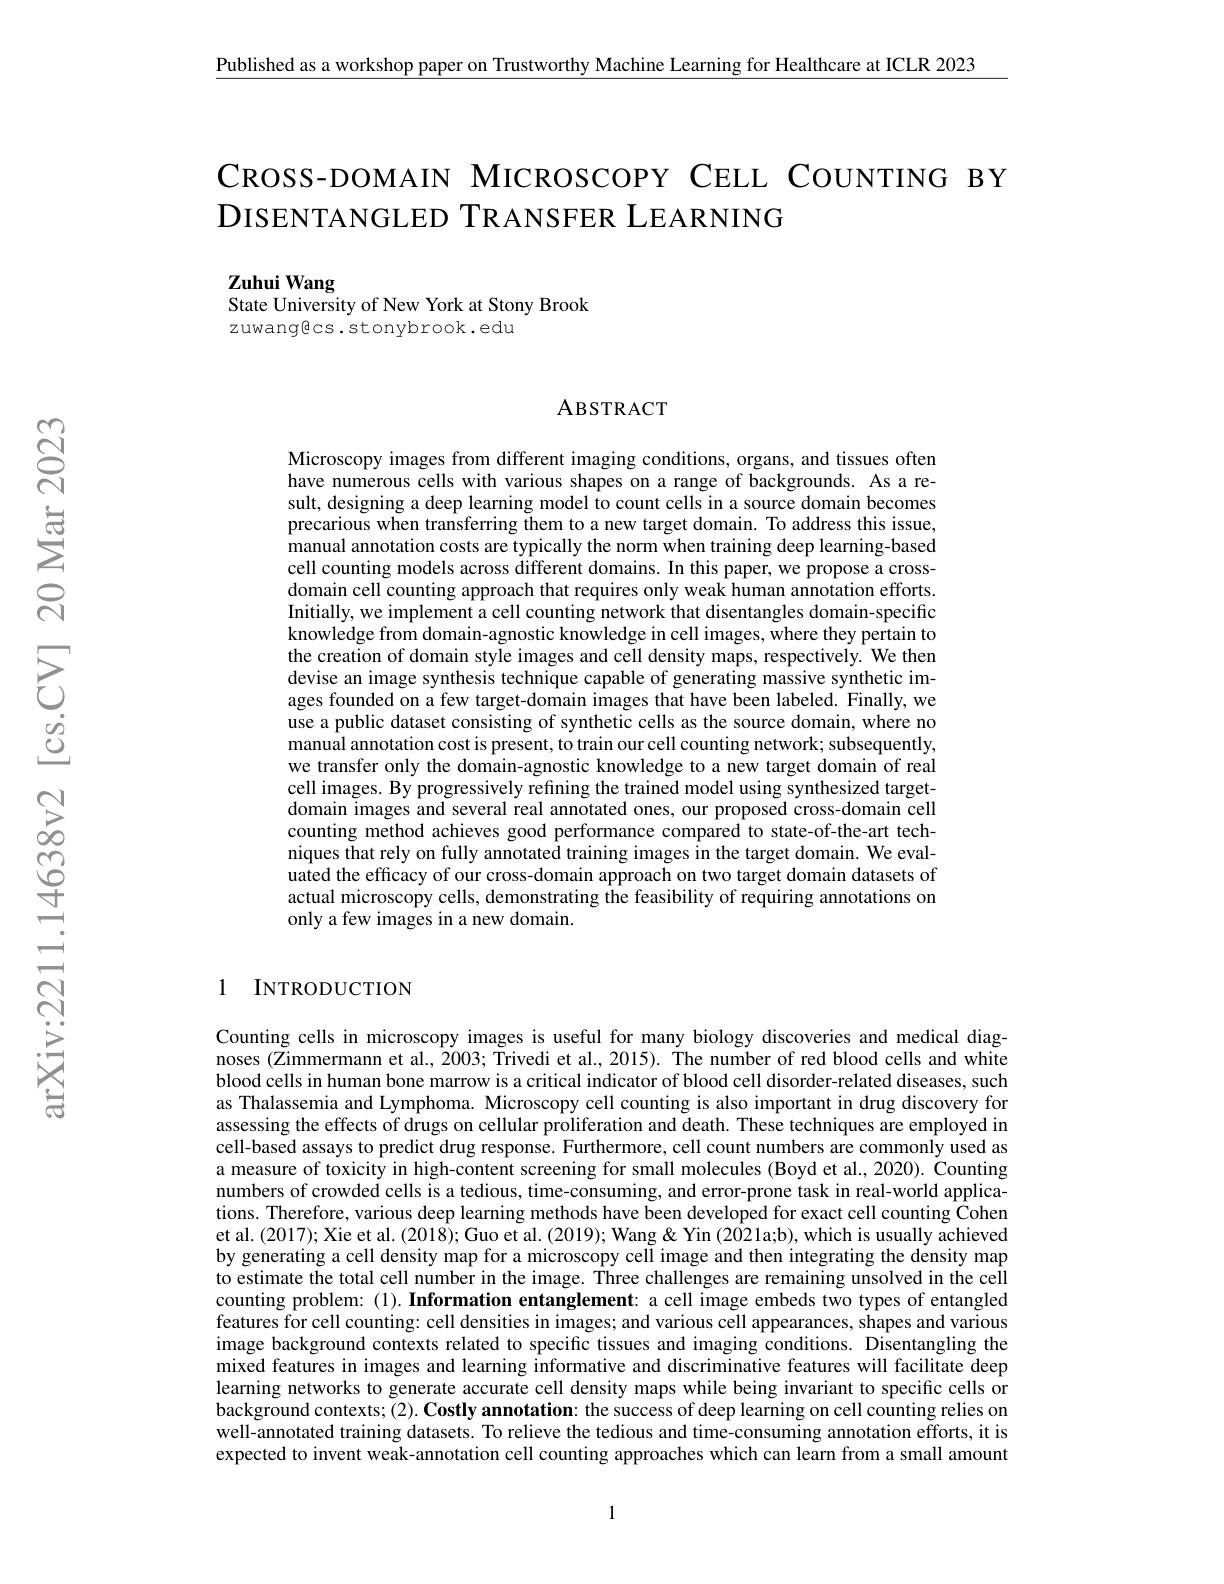
$\underline{\text{Published as a workshop paper on Trustworthy Machine Learning for Healthcare at ICLR 2023}}$

# CROSS-DOMAIN MICROSCOPY CELL COUNTING BY DISENTANGLED TRANSFER LEARNING

Zuhui Wang
State University of New York at Stony Brook

zuwangecs. stonybrook. edu

### ABSTRACT

Microscopy images from different imaging conditions, organs, and tissues often have numerous cells with various shapes on a range of backgrounds. As a result, designing a deep learning model to count cells in a source domain becomes precarious when transferring them to a new target domain. To address this issue, manual annotation costs are typically the norm when training deep learning-based cell counting models across different domains. In this paper, we propose a crossdomain cell counting approach that requires only weak human annotation efforts. Initially, we implement a cell counting network that disentangles domain-specific knowledge from domain-agnostic knowledge in cell images, where they pertain to the creation of domain style images and cell density maps, respectively. We then devise an image synthesis technique capable of generating massive synthetic images founded on a few target-domain images that have been labeled. Finally, we use a public dataset consisting of synthetic cells as the source domain, where no manual annotation cost is present, to train our cell counting network; subsequently, we transfer only the domain-agnostic knowledge to a new target domain of real cell images. By progressively refining the trained model using synthesized targetdomain images and several real annotated ones, our proposed cross-domain cell counting method achieves good performance compared to state-of-the-art techniques that rely on fully annotated training images in the target domain. We evaluated the efficacy of our cross-domain approach on two target domain datasets of actual microscopy cells, demonstrating the feasibility of requiring annotations on only a few images in a new domain.

### 1 INTRODUCTION

Counting cells in microscopy images is useful for many biology discoveries and medical diagnoses (Zimmermann et al., 2003; Trivedi et al., 2015). The number of red blood cells and white blood cells in human bone marrow is a critical indicator of blood cell disorder-related diseases, such as Thalassemia and Lymphoma. Microscopy cell counting is also important in drug discovery for assessing the effects of drugs on cellular proliferation and death. These techniques are employed in cell-based assays to predict drug response. Furthermore, cell count numbers are commonly used as a measure of toxicity in high-content screening for small molecules (Boyd et al., 2020). Counting numbers of crowded cells is a tedious, time-consuming, and error-prone task in real-world applications. Therefore, various deep learning methods have been developed for exact cell counting Cohen et al. (2017); Xie et al. (2018); Guo et al. (2019); Wang & Yin (2021a;b), which is usually achieved by generating a cell density map for a microscopy celi image and then integrating the density map to estimate the total cell number in the image. Three challenges are remaining unsolved in the cell counting problem:(1). Information entanglement: a cell image embeds two types of entangled features for cell counting: cell densities in images; and various cell appearances, shapes and various image background contexts related to specific tissues and imaging conditions. Disentangling the mixed features in images and learning informative and discriminative features will facilitate deep learning networks to generate accurate cell density maps while being invariant to specific cells or background contexts; (2). Costly annotation: the success of deep learning on cell counting relies on well-annotated training datasets. To relieve the tedious and time-consuming annotation efforts, it is expected to invent weak-annotation cell counting approaches which can learn from a small amount

1